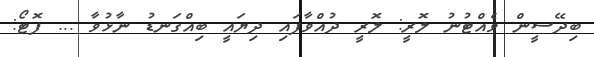
ބިދޭސީން ވެއްޓުނު ލޮރީ: ލޮރީ ދުއްވާފައި ދިޔައީ ބިއްގަނޑު ނާޅުވާ ... ފޮޓޯ: